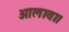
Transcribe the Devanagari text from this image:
आलावा।